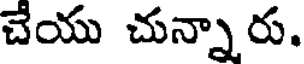
చేయు చున్నారు.